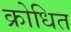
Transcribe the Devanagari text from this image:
क्रोधित